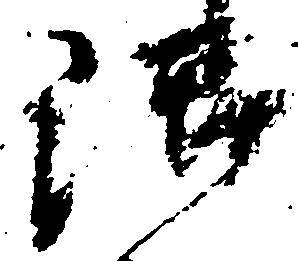
御